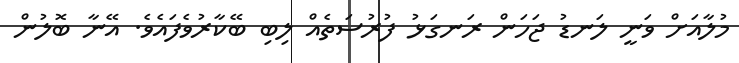
މުލާއަށް ވަނީ ލަނޑު ޖަހަން ރަނގަޅު ފުރުސަތެއް ލިބި ބޭކާރުވެފައެވެ. އޭނާ ބޮލުން